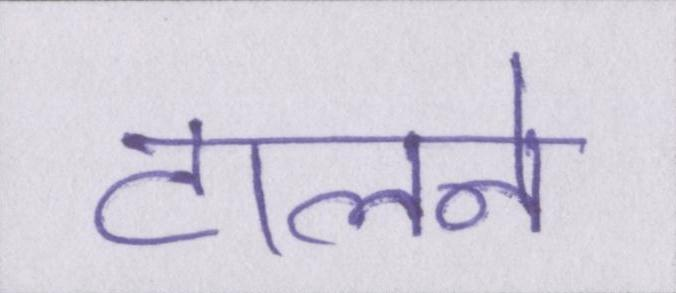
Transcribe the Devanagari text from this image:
टालने